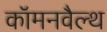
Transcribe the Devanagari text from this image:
कॉमनवैल्‍थ